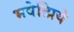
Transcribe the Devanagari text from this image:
भवेत्प्रिये